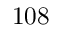
1 0 8